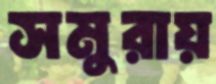
সমুরায়